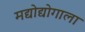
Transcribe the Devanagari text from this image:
मद्योद्योगाला